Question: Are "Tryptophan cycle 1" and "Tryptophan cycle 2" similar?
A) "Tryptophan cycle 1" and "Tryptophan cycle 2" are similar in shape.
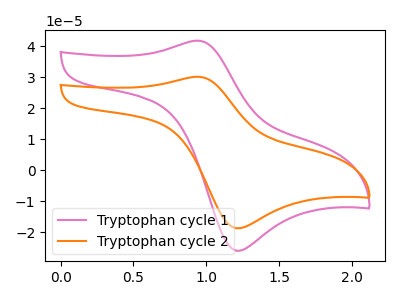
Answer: <think>The pink curve "Tryptophan cycle 1" has an anodic peak at (0.95V, 41.80uA) and a cathodic peak at (1.20V, -26.05uA). The orange curve "Tryptophan cycle 2" has an anodic peak at (0.95V, 30.10uA) and a cathodic peak at (1.20V, -18.75uA).
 All the peaks in "Tryptophan cycle 1" have a peak in "Tryptophan cycle 2" at the same potential. Every peak in "Tryptophan cycle 1" is higher than every peak in "Tryptophan cycle 2".</think>
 <answer>A) "Tryptophan cycle 1" and "Tryptophan cycle 2" are similar in shape.</answer>
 <eval>A</eval>